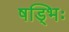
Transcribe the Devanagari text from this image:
षड्भिः